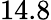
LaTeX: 14.8